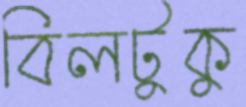
বিলটুকু